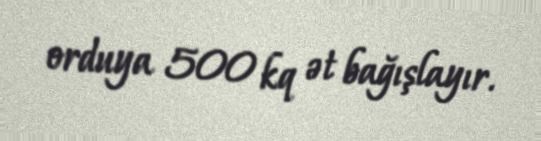
orduya 500 kq ət bağışlayır.